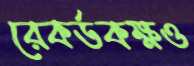
রেকর্ডকক্ষও